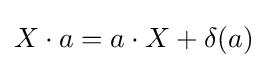
X\cdot a=a\cdot X+\delta (a)